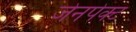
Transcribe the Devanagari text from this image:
जेनपेक्ट